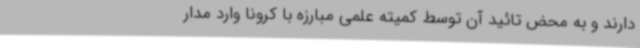
دارند و به محض تائید آن توسط کمیته علمی مبارزه با کرونا وارد مدار